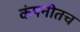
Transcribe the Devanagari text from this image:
कंपनीतच